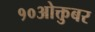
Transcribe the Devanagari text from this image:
१०ओक्तुबर